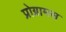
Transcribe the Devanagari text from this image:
प्रोग्रामस